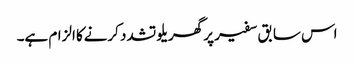
اس سابق سفیر پر گھریلو تشدد کرنےکا الزام ہے۔